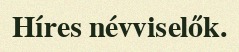
Híres névviselők.